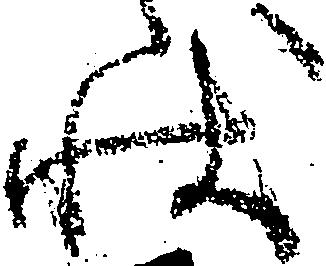
状